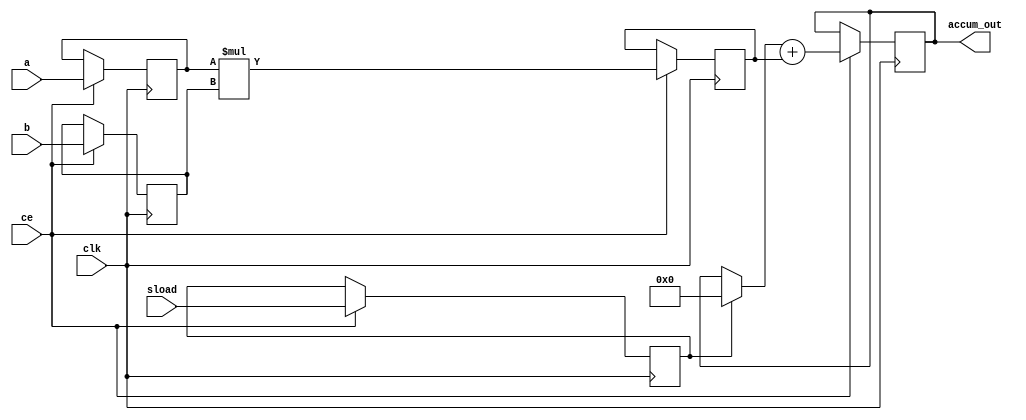
// Signed 40-bit streaming accumulator with 16-bit inputs
//
// Source:
// https://www.xilinx.com/support/documentation/sw_manuals/xilinx2014_2/ug901-vivado-synthesis.pdf p.90
//
module macc # (parameter SIZEIN = 16, SIZEOUT = 40) (
	input clk, ce, sload,
	input signed [SIZEIN-1:0] a, b,
	output signed [SIZEOUT-1:0] accum_out
);
// Declare registers for intermediate values
reg signed [SIZEIN-1:0] a_reg = 0, b_reg = 0;
reg sload_reg = 0;
reg signed [2*SIZEIN-1:0] mult_reg = 0;
reg signed [SIZEOUT-1:0] adder_out = 0, old_result;
always @* /*(adder_out or sload_reg)*/ begin // Modification necessary to fix sim/synth mismatch
	if (sload_reg)
		old_result <= 0;
	else
		// 'sload' is now active (=low) and opens the accumulation loop.
		// The accumulator takes the next multiplier output in
		// the same cycle.
		old_result <= adder_out;
end

always @(posedge clk)
	if (ce)
	begin
		a_reg <= a;
		b_reg <= b;
		mult_reg <= a_reg * b_reg;
		sload_reg <= sload;
		// Store accumulation result into a register
		adder_out <= old_result + mult_reg;
	end

// Output accumulation result
assign accum_out = adder_out;

endmodule

// Adapted variant of above
module macc2 # (parameter SIZEIN = 16, SIZEOUT = 40) (
	input clk,
	input ce,
	input rst,
	input signed [SIZEIN-1:0] a, b,
	output signed [SIZEOUT-1:0] accum_out,
	output overflow
);
// Declare registers for intermediate values
reg signed [SIZEIN-1:0] a_reg = 0, b_reg = 0, a_reg2 = 0, b_reg2 = 0;
reg signed [2*SIZEIN-1:0] mult_reg = 0;
reg signed [SIZEOUT:0] adder_out = 0;
reg overflow_reg = 0;
always @(posedge clk) begin
	//if (ce)
	begin
		a_reg <= a;
		b_reg <= b;
		a_reg2 <= a_reg;
		b_reg2 <= b_reg;
		mult_reg <= a_reg2 * b_reg2;
		// Store accumulation result into a register
		adder_out <= adder_out + mult_reg;
		overflow_reg <= overflow;
	end
	if (rst) begin
		a_reg <= 0;
		a_reg2 <= 0;
		b_reg <= 0;
		b_reg2 <= 0;
		mult_reg <= 0;
		adder_out <= 0;
		overflow_reg <= 1'b0;
	end
end
assign overflow = (adder_out >= 2**(SIZEOUT-1)) | overflow_reg;

// Output accumulation result
assign accum_out = overflow ? 2**(SIZEOUT-1)-1 : adder_out;

endmodule